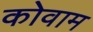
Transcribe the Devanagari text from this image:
कोवाम